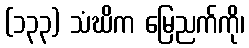
(၁၃၃) သံဃိက မြေညက်ကို၊